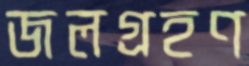
জলগ্রহণ